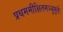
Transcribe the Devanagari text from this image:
प्रथममीक्षितमञ्जुमूर्तेः